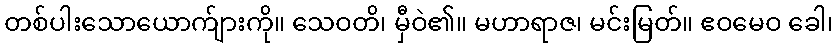
တစ်ပါးသောယောက်ျားကို။ သေဝတိ၊ မှီဝဲ၏။ မဟာရာဇ၊ မင်းမြတ်။ ဧဝမေဝ ခေါ၊